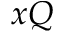
x Q